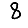
Digit: 8